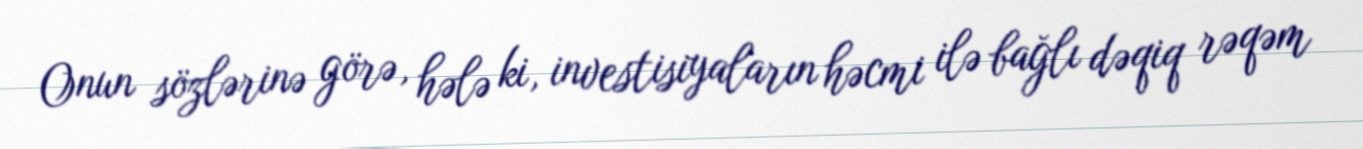
Onun sözlərinə görə, hələ ki, investisiyaların həcmi ilə bağlı dəqiq rəqəm